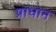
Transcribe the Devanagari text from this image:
प्राधान